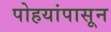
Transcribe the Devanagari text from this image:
पोहयांपासून